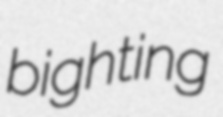
bighting